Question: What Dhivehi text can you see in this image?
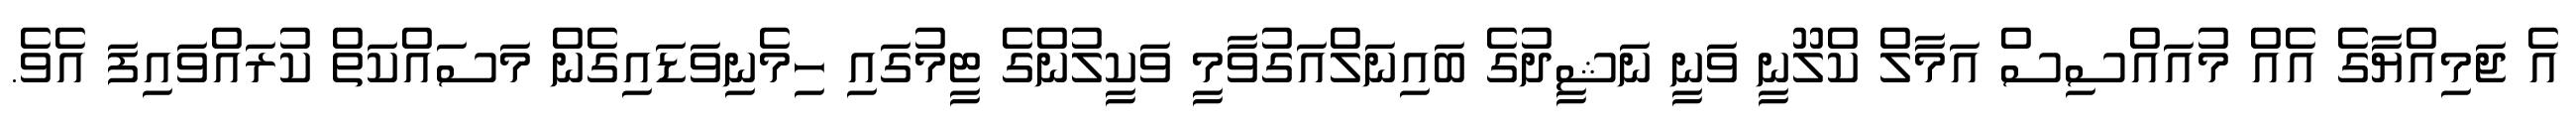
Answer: އެ ޖަމިއްޔާގެ އެއް މުއައްސިސް އަމާލް ކްލޫނީ ވަނީ ނަޝީދުގެ ބައިނަލްއަގުވާމީ ވަކީލުންގެ ޓީމުގައި ހިމެނިވަޑައިގެން މަސައްކަތް ކުރައްވައިފަ އެވެ.